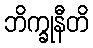
ဘိက္ခုနီတိ